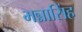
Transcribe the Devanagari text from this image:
भन्नासिंह